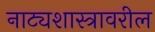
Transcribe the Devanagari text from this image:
नाट्यशास्त्रावरील